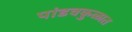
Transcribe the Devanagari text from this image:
पांडवकुळात